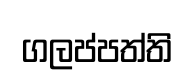
ගලප්පත්ති